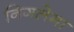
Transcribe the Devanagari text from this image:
निगलेगा